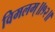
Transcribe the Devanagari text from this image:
विमलम्॥१२॥